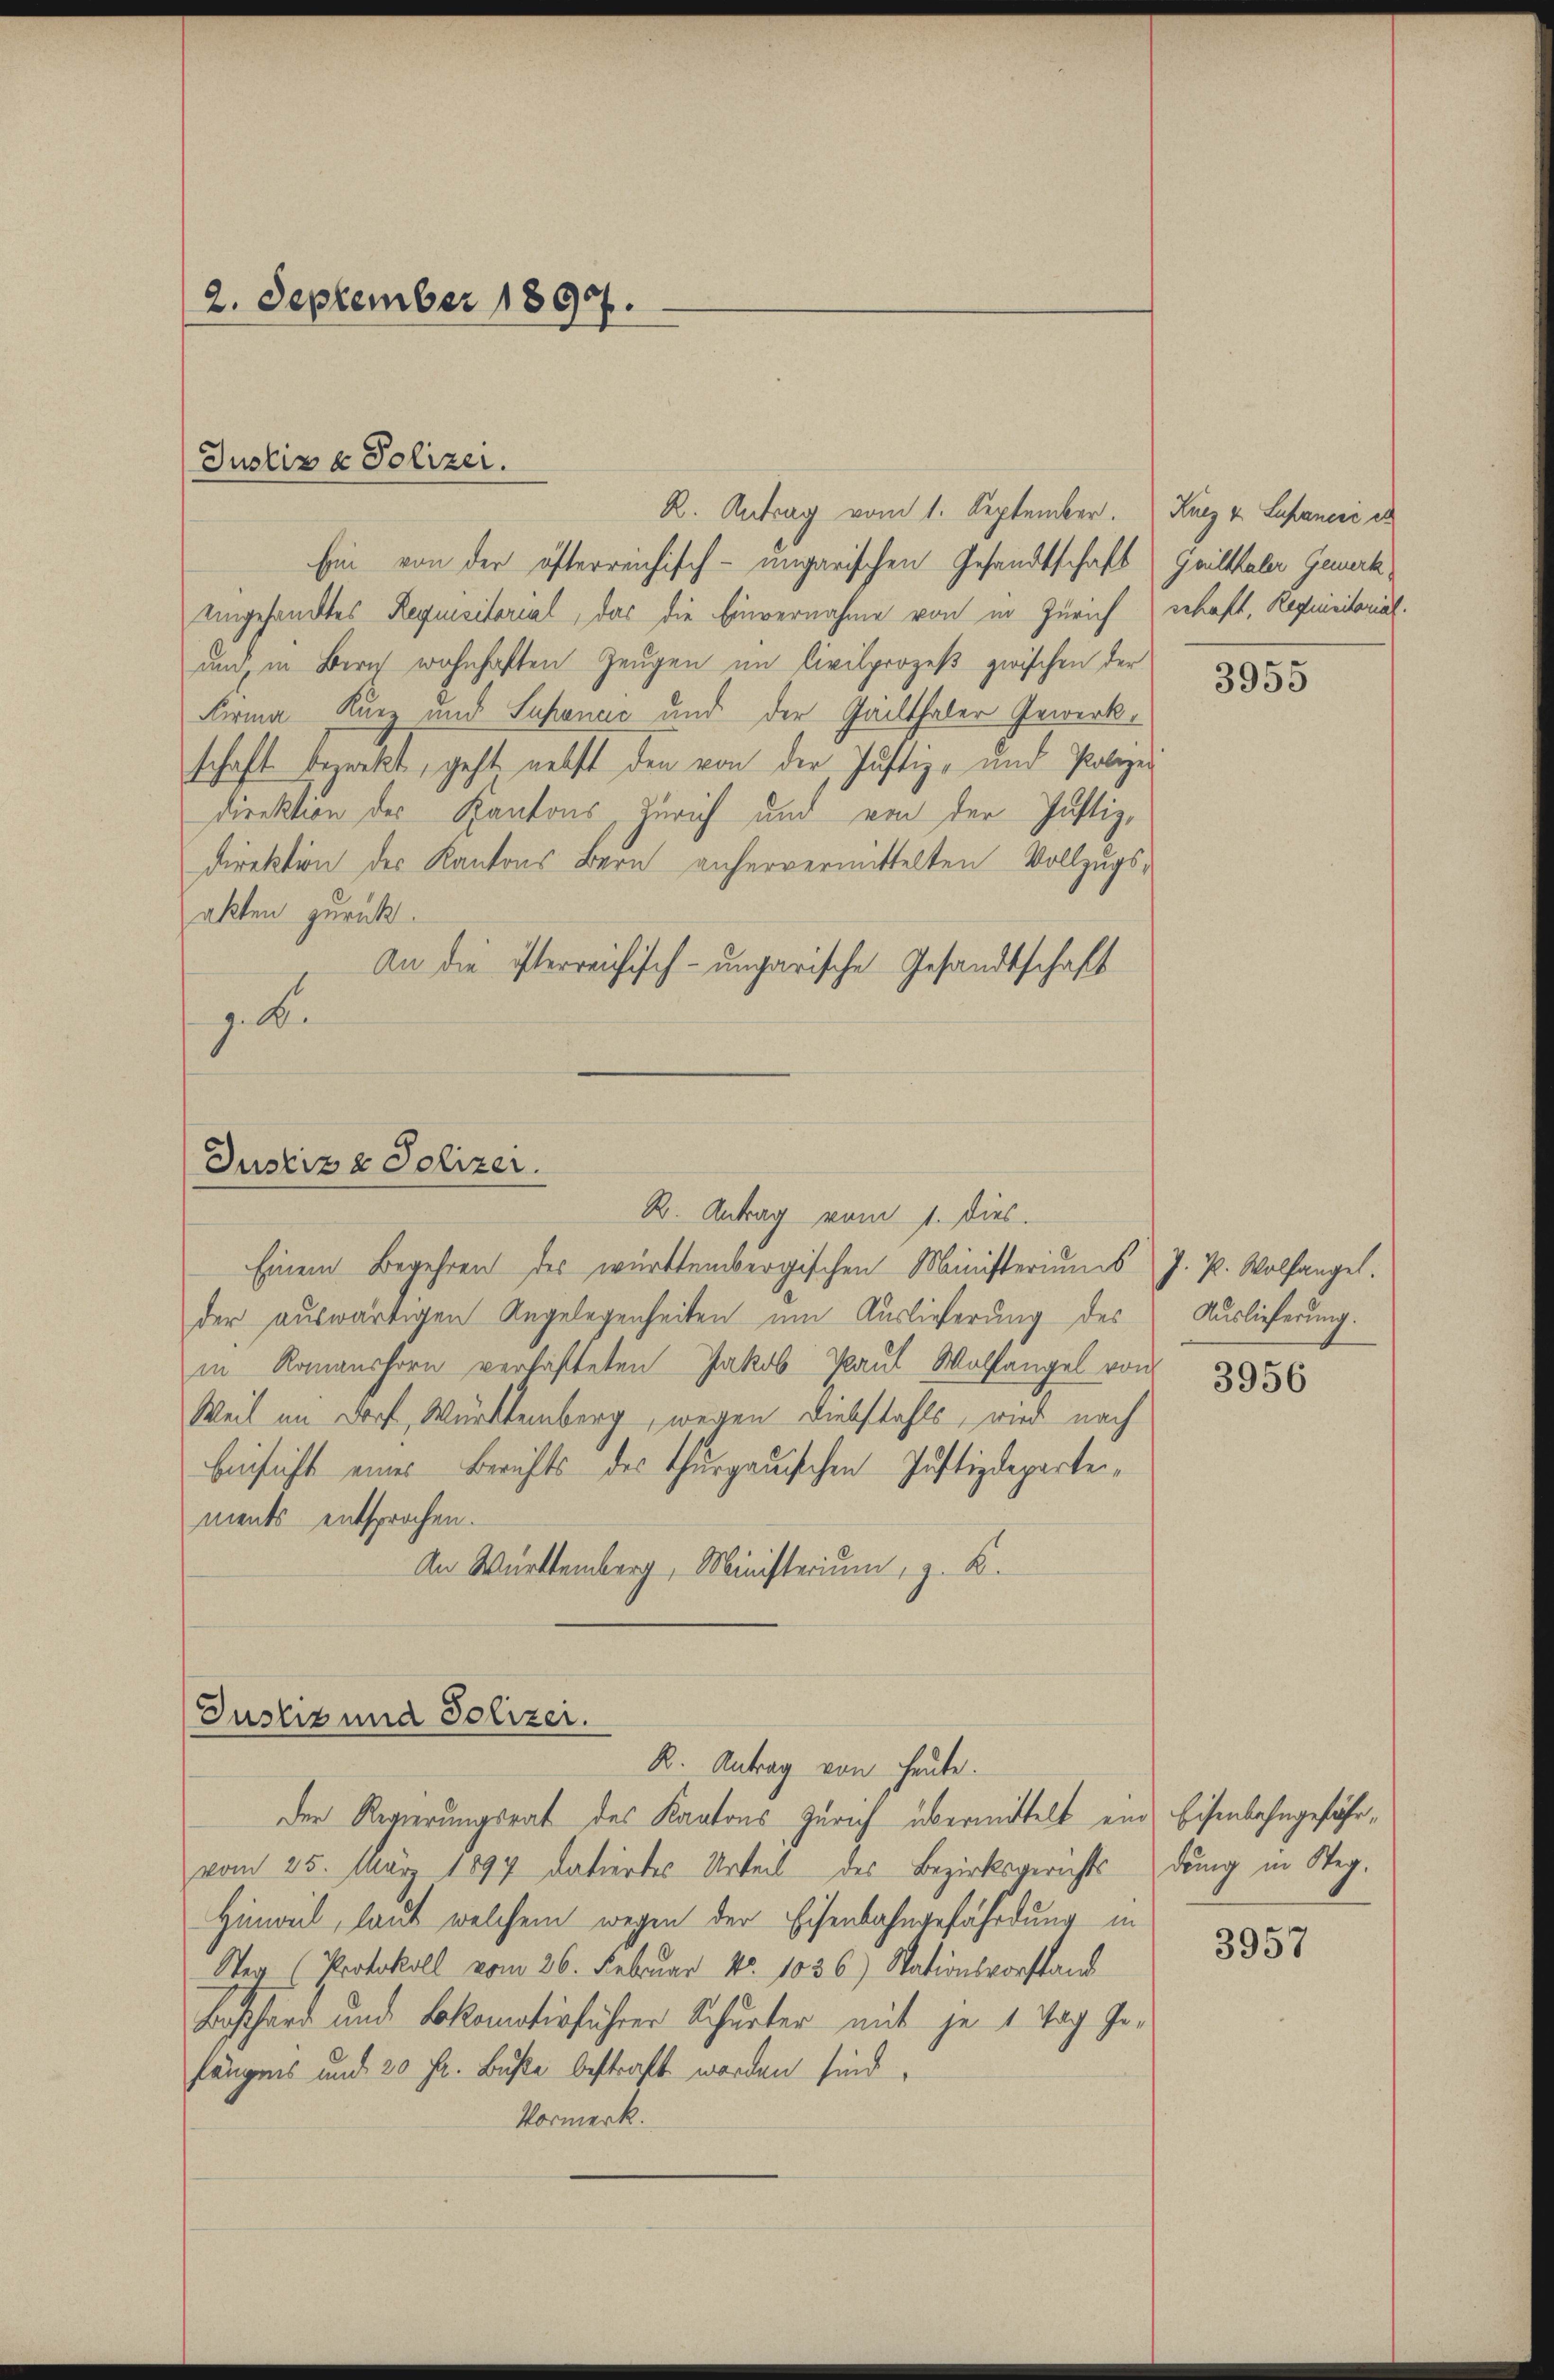
2. September 1897.

R. Antrag vom 1. September. Kurz v. Lugančić is
Ein von der öfterreichisch-ungarischen Gesandtschaft Gailthaler Gewerk
Ungesandtes Requisitorial, das die Einvernahme von in Zürich schaft, Requisitorial
und, in Bern wohnhaften Zeugen im Civilprozeß zwischen der
Firma Kurz und Supenić und der Gailthaler Gewerkschaft bezirkt, geht nebst den von der Justiz- und Polizei
Direktion des Kantons, Zürich und von der Justiz-
Direktion des Kantons Bern anhervermittelten Vollzugsakten zurück.
An die isterreichisch-ungarische Gesandtschaft
g. be

Justiz & Polizei.

Justiz & Polizer.
R. Antrag vom 1. dies.

Justiz und Polizei.
R. Antrag von heute.
Der Regierungsrat des Kantons Zürich übermittelt ein Eisenbahngefähr¬

Einem Begehren des württembergischen Ministeriums J. P. Wolfangel.
der auswärtigen Angelegenheiten um Auslieferung des Auslieferung.
in Romanshorn verhafteten Jakob Paul Wolfangel von
Weil im Dorf, Württemberg, wegen Diebstahls, wird nach
Einsicht eines Berichts des Thurgauischen Justizdeparten,
ments entsprochen.
An Württemberg, Ministerium, z. B.

vom 25. März 1897 datiertes Urteil des Bezirksgerichts dung in Weg¬
Hinweil, laut welchem wegen der Eisenbahngefährdung in
Weg (Protokoll vom 26. Februar No. 1036) Stationsvorstand
Beschard und Lokomotivführer Schurter mit je 1 Tag Gefängens und 20 Fr. Buße bestraft worden sind,
Vormerk.

3955

3956

3957